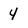
Character: 4